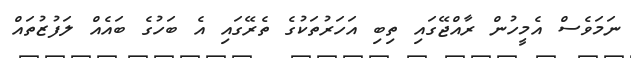
ނަމަވެސް އެމީހުން ރާއްޖޭގައި ތިބި އަހަރުތަކުގެ ތެރޭގައި އެ ބަހުގެ ބައެއް ލަފުޒުތައް